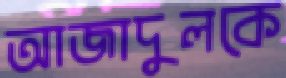
আজাদুলকে